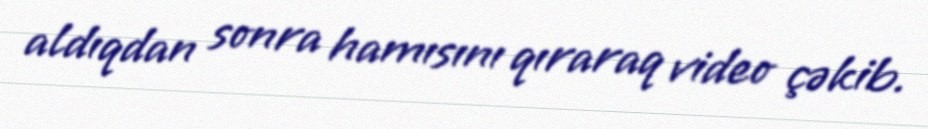
aldıqdan sonra hamısını qıraraq video çəkib.